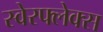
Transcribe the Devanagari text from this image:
स्वेरफ्लेक्स